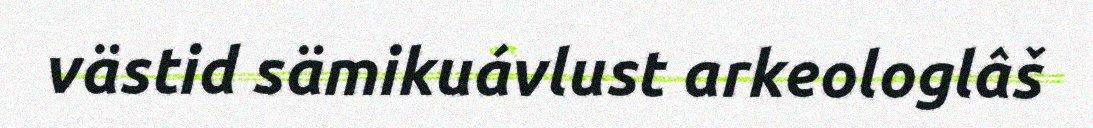
västid sämikuávlust arkeologlâš